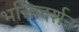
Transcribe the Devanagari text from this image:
भक्तिदर्शन